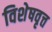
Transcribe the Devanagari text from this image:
विशेषवृत्त